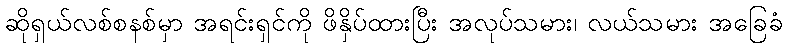
ဆိုရှယ်လစ်စနစ်မှာ အရင်းရှင်ကို ဖိနှိပ်ထားပြီး အလုပ်သမား၊ လယ်သမား အခြေခံ